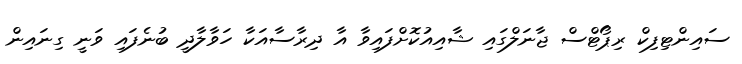
ސައިންޓިފިކް ރިޕޯޓްސް ޖާނަލްގައި ޝާއިއުކޮށްފައިވާ އާ ދިރާސާއަކާ ހަވާލާދީ ބުނެފައި ވަނީ ގިނައިން